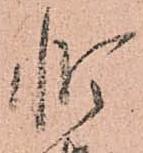
惶